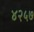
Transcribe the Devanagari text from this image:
४२५७